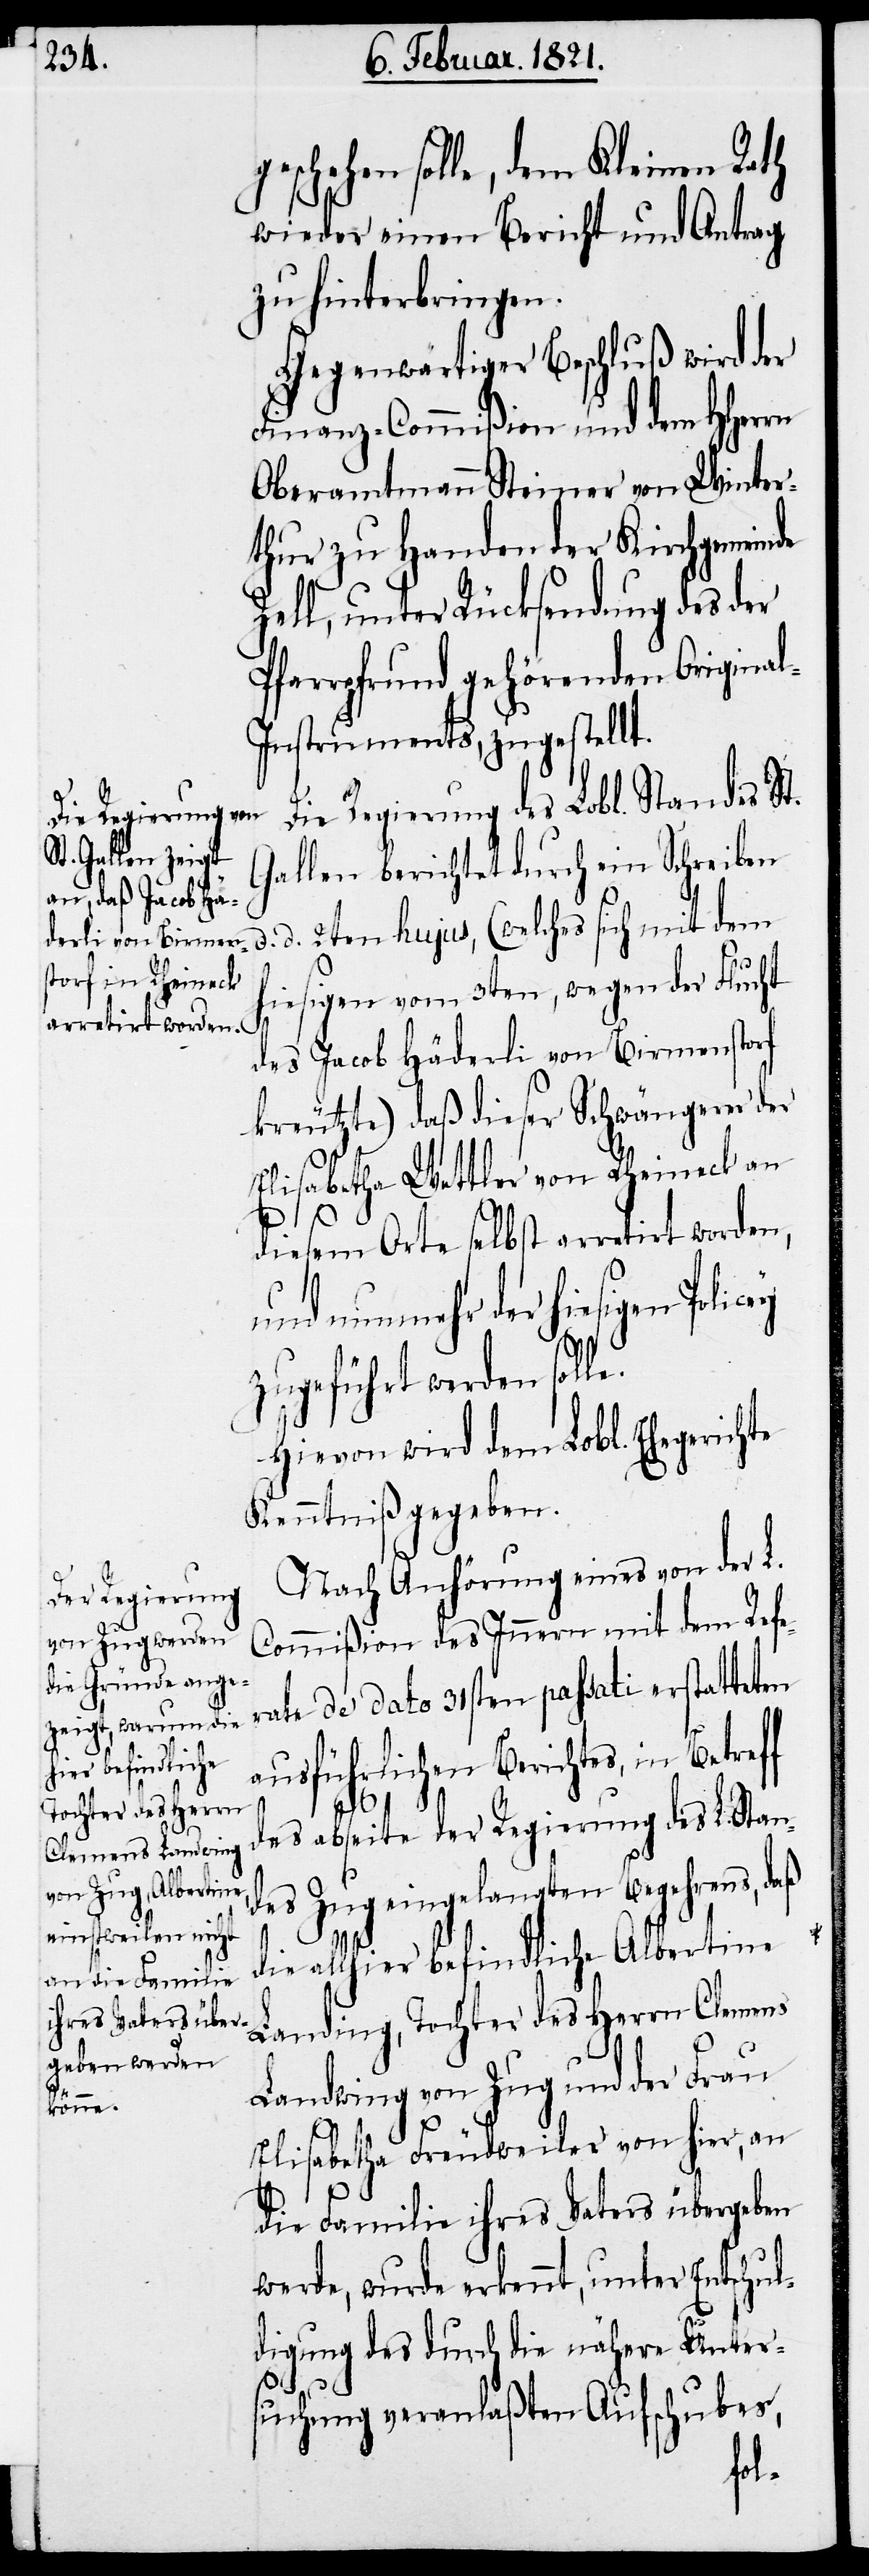
schehen solle, dem Kleinen Rath
wieder einen Bericht und Antrag
zu hinterbringen.
Gegenwärtiger Beschluß wird der
Finanz-Commißion und dem HHerrn
Oberamtmann Steiner von Winter¬
thur zu Handen der Kirchgemeinde
Zell, unter Rücksendung des der
Pfarrpfrund gehörenden Origina¬
nstruments, zugestellt.
Die Regierung des Lobl. Standes St.
Gallen berichtet durch ein Schreiben
d. 2ten hujus, (welches mit dem
hiesigen vom 3ten, wegen der Flucht
des Jacob Häderli von Birmenstorf
kreutzte) daß dieser Schwängerer der
Elisabetha Wettler von Rheineck an
diesem Orte selbst arretirt worden,
und nunmehr der hiesigen
zugeführt werden solle.
Hievon wird dem Lobl. Ehegerichte
Kenntniß gegeben.
d.
l-I¬